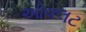
ઓવલટ